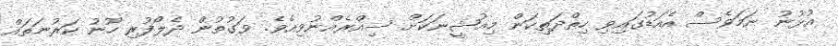
އުޅުނު ނަމަވެސް އެއަޑުގައިވި ހިތްދަތިކަން މިއުޝީނަކަށް ސިއްރެއްނުވިއެވެ. ވަގުތުން ދެލޯފުރި ހޫނު ކަރުނަތައް